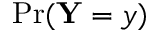
\mathrm { P r } ( \mathbf { Y } = y )